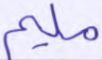
مليم